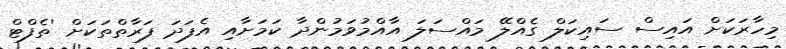
މިހާރަކަށް އައިސް ސައިކަލް ގެއްލޭ މައްސަލަ އާއްމުވަމުންދާ ކަމަށާއި އެފަދަ ފަރާތްތަކަށް 'ތެފްޓް